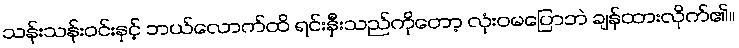
သန်းသန်းဝင်းနှင့် ဘယ်လောက်ထိ ရင်းနှီးသည်ကိုတော့ လုံးဝမပြောဘဲ ချန်ထားလိုက်၏။